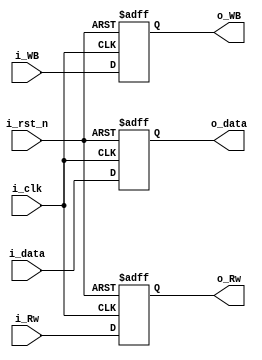
module memory_writeback (i_clk, i_rst_n, i_WB,
                         i_data, i_Rw, o_data, o_Rw, o_WB);
  input wire         i_clk, i_rst_n;
  input wire  [31:0] i_data;
  input wire  [ 4:0] i_Rw;
  input wire         i_WB;
  
  output reg  [31:0] o_data;
  output reg  [ 4:0] o_Rw;
  output reg         o_WB;
  
  always @(posedge i_clk or negedge i_rst_n) begin
    if (!i_rst_n) begin
      o_data <= 0;
      o_Rw   <= 0;
      o_WB   <= 0;
    end
    else begin
      o_data <= i_data;
      o_Rw   <= i_Rw;
      o_WB   <= i_WB;
    end
  end
endmodule